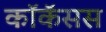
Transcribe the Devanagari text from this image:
कॉकॅसस